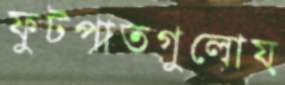
ফুটপাতগুলোয়